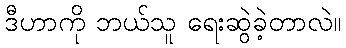
ဒီဟာကို ဘယ်သူ ရေးဆွဲခဲ့တာလဲ။